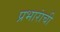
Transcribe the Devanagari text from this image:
प्रभारांची